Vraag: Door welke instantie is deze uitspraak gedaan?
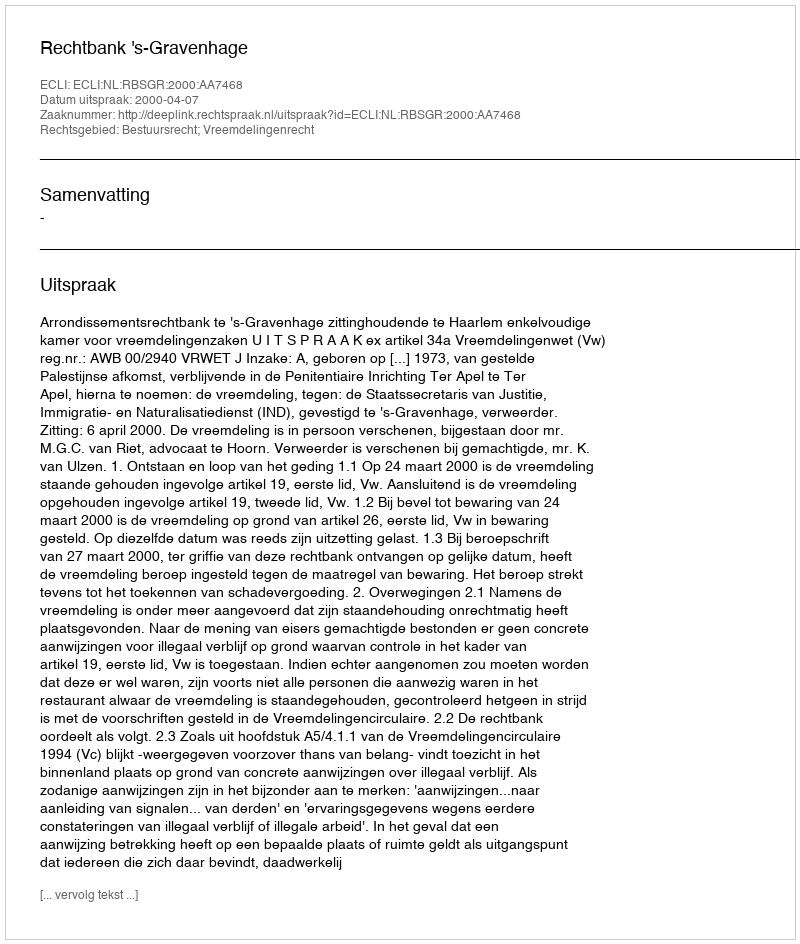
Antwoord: Rechtbank 's-Gravenhage